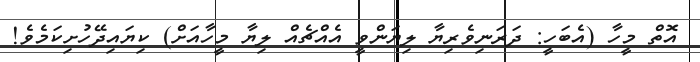
އޮތް މީހާ (އެބަހީ: ދަރަނިވެރިޔާ ލިޔަންވީ އެއްޗެއް ލިޔާ މީހާއަށް) ކިޔައިދޭހުށިކަމެވެ!